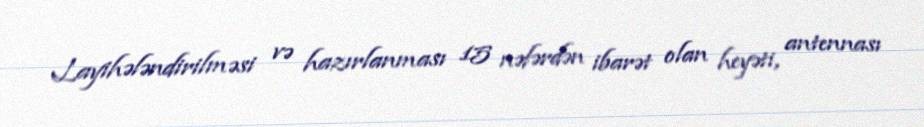
Layihələndirilməsi və hazırlanması 15 nəfərdən ibarət olan heyəti, antennası